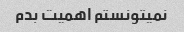
نمیتونستم اهمیت بدم